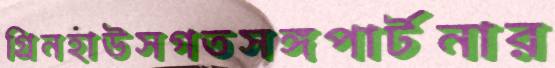
গ্রিনহাউসগতসঙ্গপার্টনার